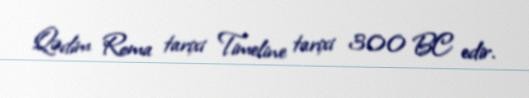
Qədim Roma tarixi Timeline tarixi 300 BC edir.